Report on vaccination in Madras 1922-1929 - 1922-1929
Year: 1922
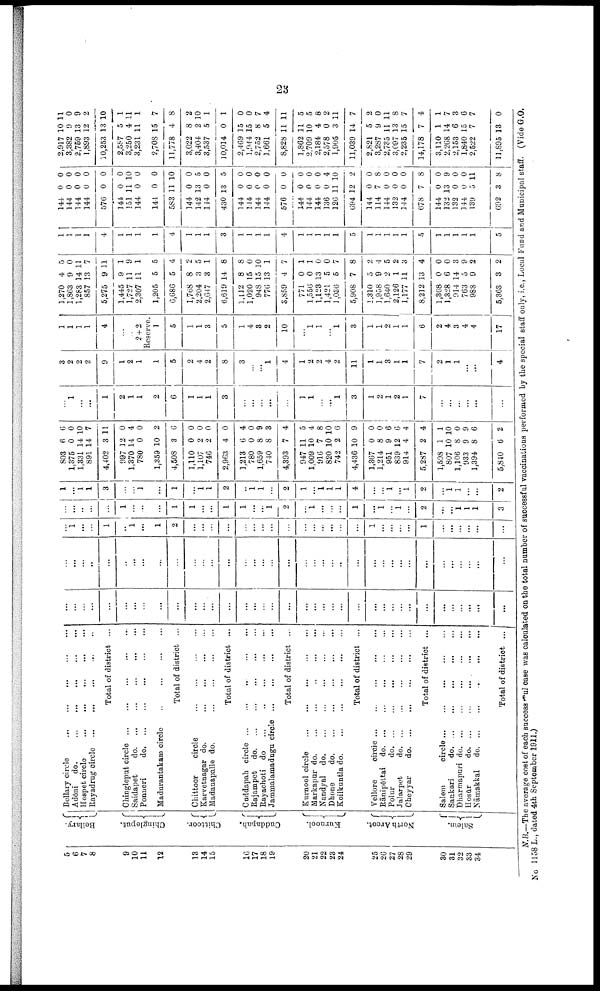
23
5
6
7
8
9
10
11
12
13
14
15
16
17
18
19
20
21
22
23
24
25
26
27
28
29
30
31
32
33
34
Bellary.
Chingleput.
Chittoor.
Cuddapah.
Kurnool.
North Arcot.
Salem.
Bellary
circle...
...
...
...
...
Adoni
do.
...
...
...
...
...
...
Hospet circle...
...
...
...
...
...
Rayadrug
circle...
...
...
...
...
...
Total of district ...
Chingleput
circle...
...
...
...
...
Saidapet
d
o
. ... ... ... ...
Ponneri
do... ... ... ... ... ...
Madurantakam circle... ... ... ...
Total of district ...
Chittoor
circle... ... ... ... ... ...
Karvetnagar do.
...
...
...
...
...
Madanapalle do.
...
...
...
...
...
Total of district ...
Cuddapah
circle... ... ... ... ... ...
Rajampet
d
o
. ... ... ... ... ...
Rayachoti do... ... ... ... ...
Jammalamadugu
circle... ... ... ... ...
Total of district ...
Kurnool
circle...
...
...
...
...
Markapur
do...
...
...
...
Nandyal d
o
. ... ... ... ... ...
Dhone
d
o
. ... ... ... ... ...
Koilkuntla d
o
. ... ... ... ... ...
Total of district ...
Vellore
circle. ... ... ... ... ...
Rānipēttai d
o
. ... ... ... ... ... ...
Polur
d
o
. ... ... ... ... ...
Jalarpet
do. ...
Cheyyar
d
o
. ... ... ... ...
Total of district ...
Salem
circle... ... ... ... ...
Sankari
d
o
. ... ... ... ... ... ...
Dharmapuri d
o
. ... ... ... ... ... ...
Hosūr
d
o
. ... ... ... ...
Nāmakkal
d
o
. ... ... ... ...
Total of district... ... ... ...
...
...
...
...
...
...
...
...
...
...
...
...
...
...
...
...
...
...
...
...
...
...
...
...
...
...
...
...
...
...
...
...
...
...
...
...
...
...
...
...
...
...
...
...
...
...
...
...
...
...
...
...
...
...
...
...
...
...
...
...
...
...
...
...
...
...
...
...
...
...
...
...
...
...
...
1
...
...
1
...
1
...
1
2
...
...
...
...
...
...
...
...
...
...
...
...
...
...
...
1
...
...
...
...
1
...
...
...
...
...
...
...
...
...
...
...
1
...
...
...
1
1
...
...
1
1
...
...
1
2
...
1
...
...
...
1
...
1
...
1
...
2
...
...
1
1
1
3
1
...
1
1
3
...
...
1
...
1
...
1 1
2
...
1
1
...
2
1
...
1
1
1
4
...
...
1
...
1
2
...
1
1
...
...
2
803
1,375
1,331
891
4,402
997
1,370
780
1,359
4,508
1,110
1,107
746
2,963
1,213
780
1,659
740
4,393
947
1,009
916
820
742
4,436
1,367
1,214
951
839
914
5,287
1,598
807
1,106
933
1,394
5,840
6
0
14
14
3
12
14
0
10
3
0
2
2
4
6
0
8
8
7
11
10
7
10
2
10
0
8
9
12
4
2
1
10
8
9
8
6
6
0
10
7
11
0
4
0
2
6
0
0
0
0
4
0
9
3
4
5
4
8
10
6
9
0
0
6
6
4
4
1
10
0
9
6
2
...
1
...
...
1
2
1
1
2
6
1
1
1
3
...
...
...
...
...
1
1
...
...
1
3
1
2
1
2
1
7
...
...
...
...
...
...
3
2
2
2
9
1
2
1
1
5
2
4
2
8
3
...
...
1
4
1
2
2
4
2
11
1
1
3
1
1
7
2
1
1
...
...
4
1
1
1
1
4
...
...
2 + 2
Reserve.
1
5
1
1
3
5
1
4
3
2
10
...
1
1
...
1
3
1
1
2
1
1
6
2
4
3
4
4
17
1,270
1,863
1,283
857
5,275
1,445
1,727
2,307
1,205
6,686
l,768
2,204
2,647
6,619
1,112
1,020
948
776
3,859
771
1,556
1,123
1,421
1,036
5,908
1,310
1,958
1,640
2,126
1,177
8,212
1,368
1,328
914
763
988
5,363
4
9
14
13
9
9
11
11
5
5
8
3
3
14
8
15
15
13
4
0
0
13
5
5
7
5
9
2
1
11
13
0
6
14
5
9
3
5
0
11
7
11
1
9
1
5
4
2
5
1
8
8
0
10
1
7
1
1
0
0
7
8
2
4
5
2
3
4
0
0
3
9
2
2
1
1
1
1
4
1
1
1
1
4
1
1
1
3
1
1
1
1
4
1
1
1
1
1
5
1
1
1
1
1
6
1
1
1
1
1
5
144
144
144
144
576
144
151
144
144
583
144
142
144
430
144
144
144
144
576
144
144
144
136
126
694
144
114
144
132
144
678
144
132
132
144
139
692
0
0
0
0
0
0
11
0
0
11
0
13
0
13
0
0
0
0
0
0
0
0
0
11
12
0
7
0
0
0
7
0
13
0
0
5
3
0
0
0
0
0
0
10
0
0
10
0
5
0
5
0
0
0
0
0
0
0
0
4
10
2
0
8
0
0
0
8
0
9
0
0
11
8
2,917
3,382
2,759
1,893
10,253
2,587
3,250
3,231
2,708
11,778
3,022
3,404
3,537
10,014
2,469
1,944
2,752
1,661
8,828
1,862
2,709
2,184
2,578
1,905
11,039
2,821
3,287
2,735
3,097
2,235
14,178
3,110
2,268
2,153
1,840
2,522
11,895
10
0
13
12
13
5
4
11
15
4
8
2
5
0
15
15
8
5
11
11
10
4
0
3
14
5
9
11
13
15
7
1
14
6
15
7
13
11
0
9
2
10
1
11
1
7
8
2
10
1
1
0
0
7
4
11
5
5
8
2
11
7
2
0
11
8
7
4
1
7
3
6
7
0
N.B.—The average cost of each successful case was calculated on the total number of successful vaccinations performed by the special staff only, i.e., Local Fund and Municipal staff. (Vide G.O.
No 1158 L., dated 4th September 1911.)